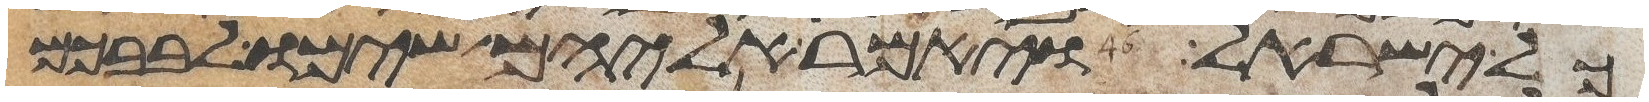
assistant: כל ישראל ויאמר אליהם שימו לבבכם